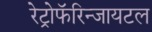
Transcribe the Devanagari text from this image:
रेट्रोफॅरिन्जायटल